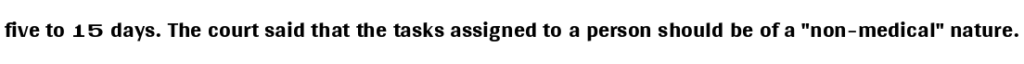
five to 15 days. The court said that the tasks assigned to a person should be of a "non-medical" nature.